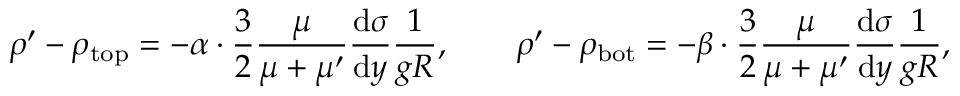
\rho ^ { \prime } - \rho _ { \mathrm { t o p } } = - \alpha \cdot \frac { 3 } { 2 } \frac { \mu } { \mu + \mu ^ { \prime } } \frac { \mathrm { d } \sigma } { \mathrm { d } y } \frac { 1 } { g R } , \quad \quad \rho ^ { \prime } - \rho _ { \mathrm { b o t } } = - \beta \cdot \frac { 3 } { 2 } \frac { \mu } { \mu + \mu ^ { \prime } } \frac { \mathrm { d } \sigma } { \mathrm { d } y } \frac { 1 } { g R } ,